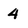
Character: 4